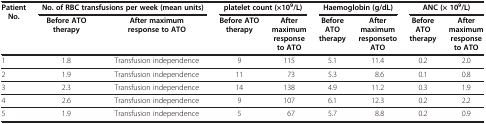
<table><thead><tr><td rowspan="2"><b>Patient No.</b></td><td colspan="2"><b>No. of RBC transfusions per week (mean units)</b></td><td colspan="2"><b>platelet count (×10<sup>9</sup>/L)</b></td><td colspan="2"><b>Haemoglobin (g/dL)</b></td><td colspan="2"><b>ANC (× 10<sup>9</sup>/L)</b></td></tr><tr><td><b>Before ATO therapy</b></td><td><b>After maximum response to ATO</b></td><td><b>Before ATO therapy</b></td><td><b>After maximum response to ATO</b></td><td><b>Before ATO therapy</b></td><td><b>After maximum responseto ATO</b></td><td><b>Before ATO therapy</b></td><td><b>After maximum response to ATO</b></td></tr></thead><tbody><tr><td>1</td><td>1.8</td><td>Transfusion independence</td><td>9</td><td>115</td><td>5.1</td><td>11.4</td><td>0.2</td><td>2.0</td></tr><tr><td>2</td><td>1.9</td><td>Transfusion independence</td><td>11</td><td>73</td><td>5.3</td><td>8.6</td><td>0.1</td><td>0.8</td></tr><tr><td>3</td><td>2.3</td><td>Transfusion independence</td><td>14</td><td>138</td><td>4.9</td><td>11.2</td><td>0.3</td><td>1.9</td></tr><tr><td>4</td><td>2.6</td><td>Transfusion independence</td><td>9</td><td>107</td><td>6.1</td><td>12.3</td><td>0.2</td><td>2.2</td></tr><tr><td>5</td><td>1.9</td><td>Transfusion independence</td><td>5</td><td>67</td><td>5.7</td><td>8.8</td><td>0.2</td><td>0.9</td></tr></tbody></table>